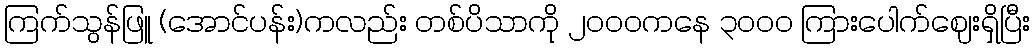
ကြက်သွန်ဖြူ (အောင်ပန်း)ကလည်း တစ်ပိသာကို ၂၀၀၀ကနေ ၃၀၀၀ ကြားပေါက်ဈေးရှိပြီး